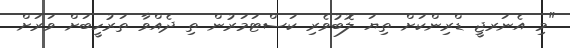
"މި އެނަރޖީ ޑްރިންކަށް ތިޔަ ލޮބުވެރި ކަސްޓަމަރުން ތި ދެއްވާ ތަރުހީބަށް ވަރަށް